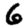
Digit: 6